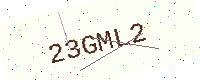
Text: 23GML2